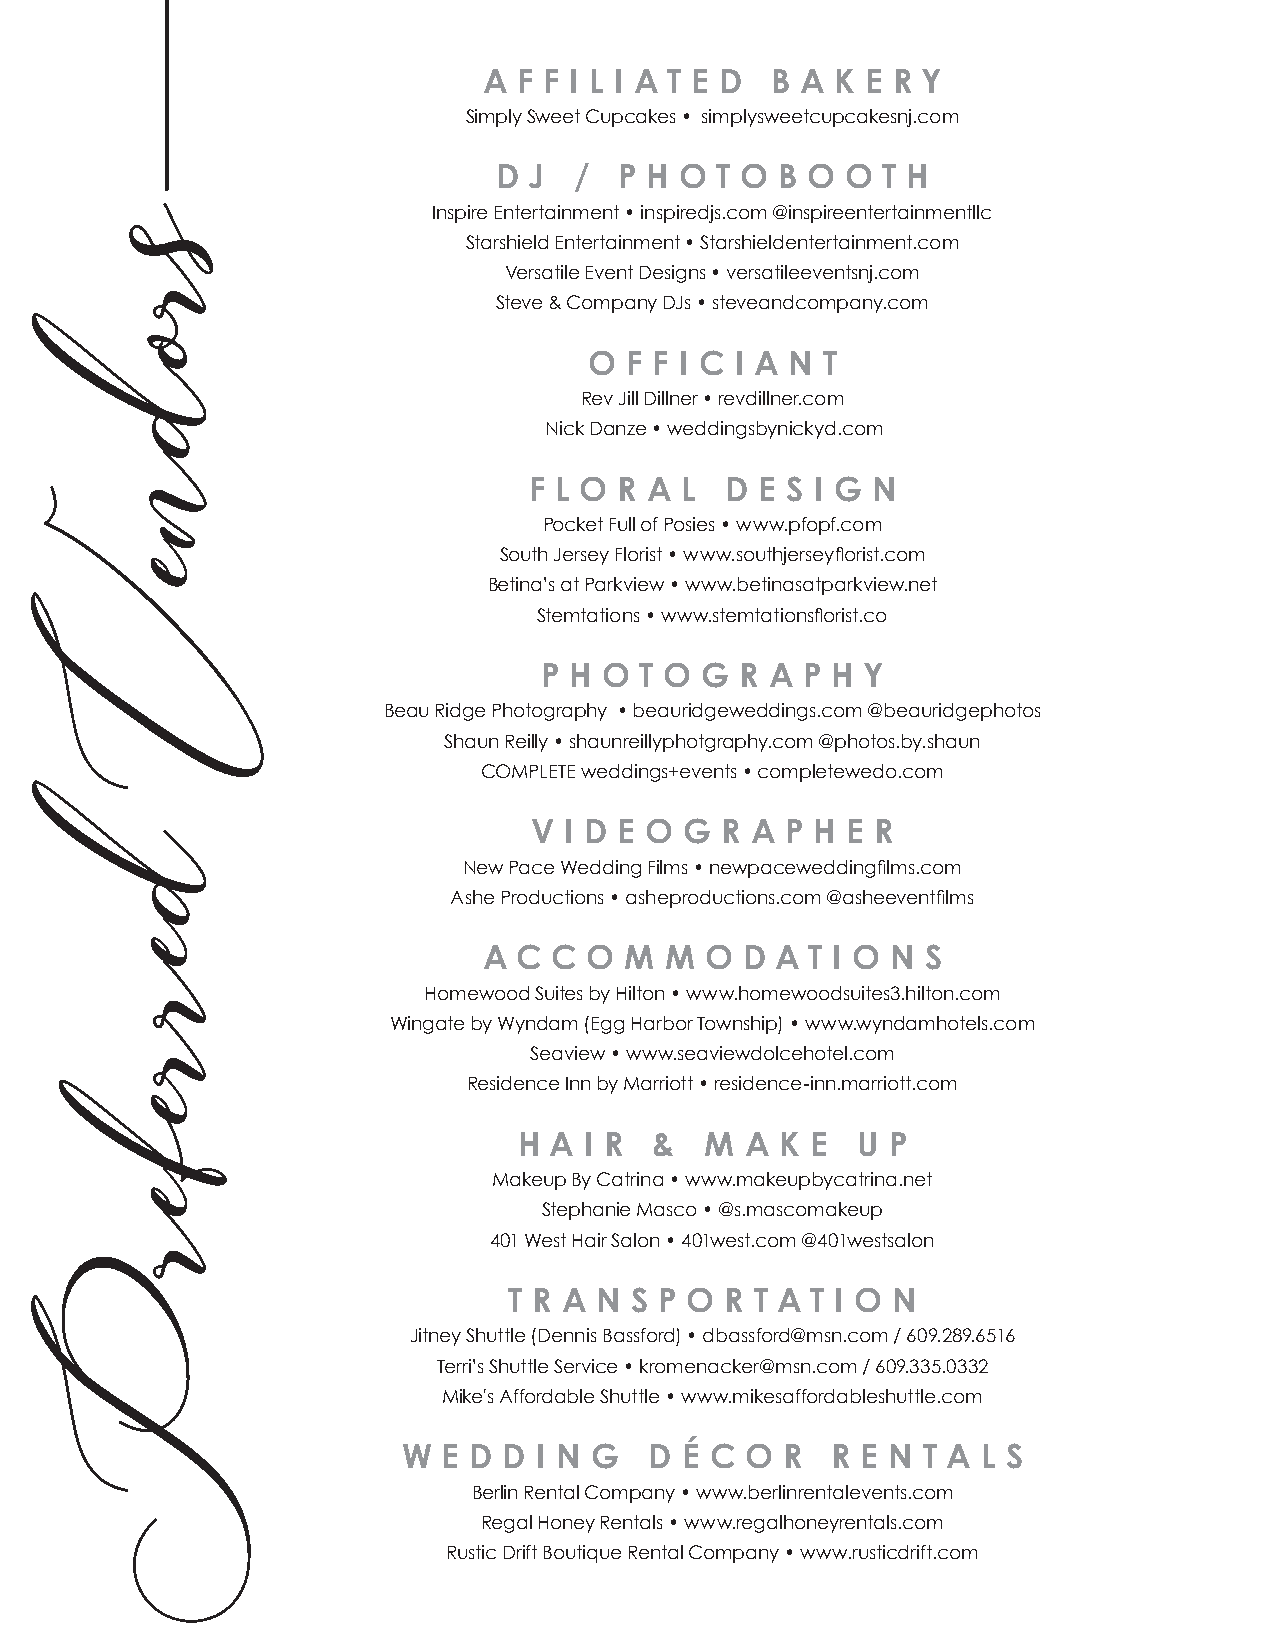
A F F I L I A T E D B A K E R Y
 Simply Sweet Cupcakes • simplysweetcupcakesnj.com
 D J  /  P H O T O  B O O T H
 Inspire Entertainment • inspiredjs.com @inspireentertainmentllc
 Starshield Entertainment • Starshieldentertainment.com
 Versatile Event Designs • versatileeventsnj.com
 Steve & Company DJs • steveandcompany.com
 O F F I C I A N T
 Rev Jill Dillner • revdillner.com
 Nick Danze • weddingsbynickyd.com
 F L O R A L  D E S I G N
 Pocket Full of Posies • www.pfopf.com
 South Jersey Florist • www.southjerseyflorist.com
 Betina’s at Parkview • www.betinasatparkview.net
 Stemtations • www.stemtationsflorist.co
 P H O T O G  R A P H Y
 Beau Ridge Photography • beauridgeweddings.com @beauridgephotos
 Shaun Reilly • shaunreillyphotgraphy.com @photos.by.shaun
 COMPLETE weddings+events • completewedo.com
 V I D E O G  R A P H E R
 New Pace Wedding Films • newpaceweddingfilms.com
 Ashe Productions • asheproductions.com @asheeventfilms
 A C C  O M  M  O D A  T I O N S
 Homewood Suites by Hilton • www.homewoodsuites3.hilton.com
 Wingate by Wyndam (Egg Harbor Township) • www.wyndamhotels.com
 Seaview • www.seaviewdolcehotel.com
 Residence Inn by Marriott • residence-inn.marriott.com
 H A  I R &   M A  K E  U P
 Makeup By Catrina • www.makeupbycatrina.net
 Stephanie Masco • @s.mascomakeup
 401 West Hair Salon • 401west.com @401westsalon
 T R A N S P O R T A T I O N
 Jitney Shuttle (Dennis Bassford) • dbassford@msn.com / 609.289.6516
 Terri’s Shuttle Service • kromenacker@msn.com / 609.335.0332
 Mike's Affordable Shuttle • www.mikesaffordableshuttle.com
 W E D D  I N G  D É C O  R  R E N T A L S
 Berlin Rental Company • www.berlinrentalevents.com
 Regal Honey Rentals • www.regalhoneyrentals.com
 Rustic Drift Boutique Rental Company • www.rusticdrift.com
 srodneV
 derreferP